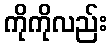
ကိုကိုလည်း